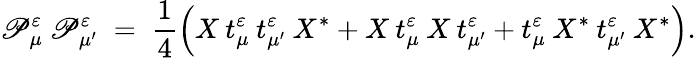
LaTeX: \mathscr{P}_{\mu}^{\varepsilon}\: \mathscr{P}_{\mu^{\prime}}^{\varepsilon}\; =\; \frac{{1}}{{4}}\left(X\: t_{\mu}^{\varepsilon}\: t_{\mu^{\prime}}^{\varepsilon}\: X^{*}+X\: t_{\mu}^{\varepsilon}\: X\: t_{\mu^{\prime}}^{\varepsilon}+t_{\mu}^{\varepsilon}\: X^{*}\: t_{\mu^{\prime}}^{\varepsilon}\: X^{*}\right).